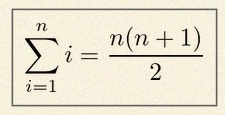
\sum_{i=1}^{n}i=\frac{n(n+1)}2